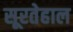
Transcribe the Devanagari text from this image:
सूरतेहाल